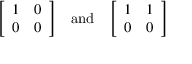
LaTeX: { \left[ \begin{array} { l l } { 1 } & { 0 } \\ { 0 } & { 0 } \end{array} \right] } \quad { \mathrm { a n d } } \quad { \left[ \begin{array} { l l } { 1 } & { 1 } \\ { 0 } & { 0 } \end{array} \right] }